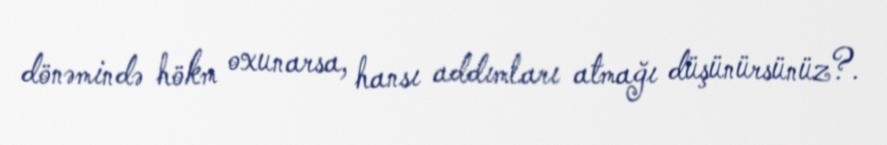
dönəmində hökm oxunarsa, hansı addımları atmağı düşünürsünüz?.